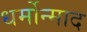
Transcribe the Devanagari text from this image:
धर्मोन्माद